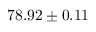
7 8 . 9 2 \pm 0 . 1 1